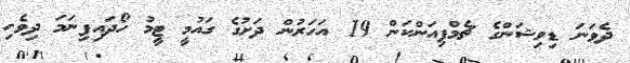
ދެވަނަ ޑިވިޝަންގެ ޗެމްޕިއަންކަން 19 އަހަރުން ދަށުގެ ގައުމީ ޓީމު ހޯދައިފިނަމަ ދިވެހި